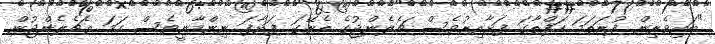
"ބައިވެރިން ފުރަތަމަ ހަފްތާގަ ފަށާއިރުވެސް ޗެލެންޖުގެ ތެރޭގަ ފަށާފަ ނިންމާނީވެސް ހަމަ އެޗެލެންޖުން.